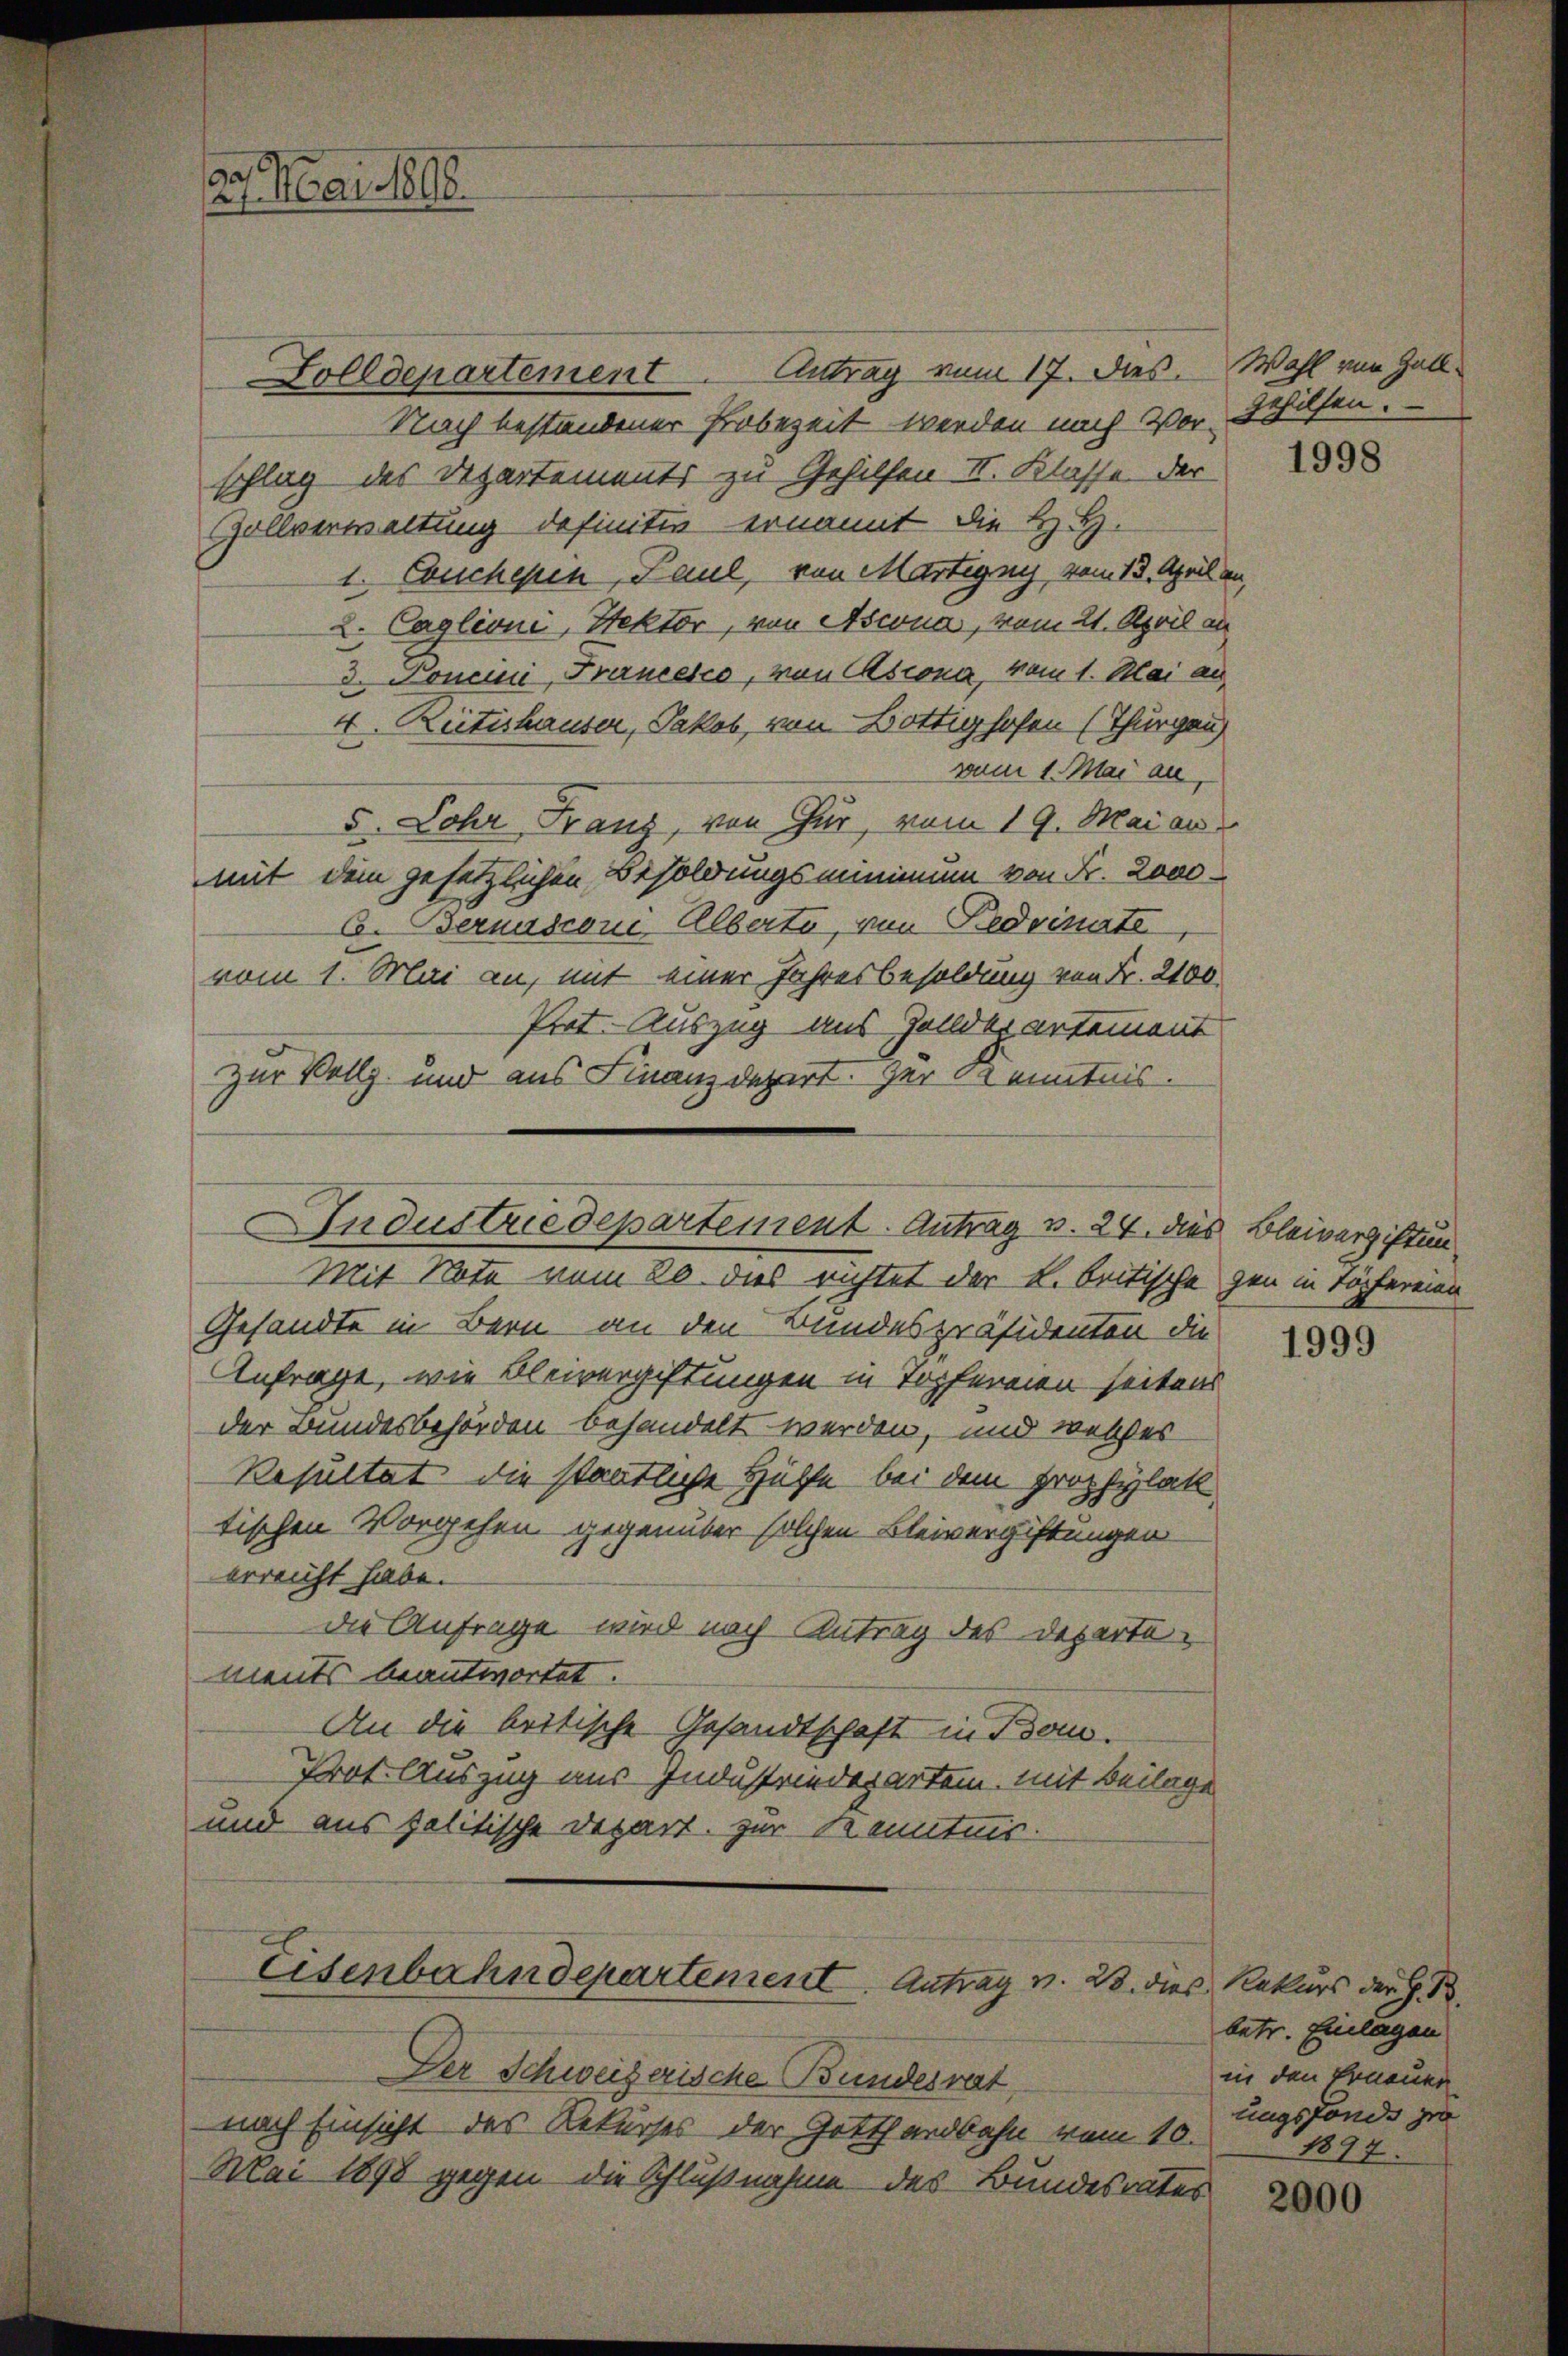
27. Mai 1896.

Industriedepartement. Antrag v. 24. dies Bleivergiftun

Golldepartement. Antrag vom 17. dies
Nach bestandener Probezeit werden nach Vor-
schlag des Departements zu Gehilfen II. Klasse der
Zollverwaltung definitiv ernannt die H. H.
1. Conchepin, Paul, von Martigny vom 13. April an,
2. Caglioni, Rektor, von Ascona, vom 21. April an
3. Foncini, Francesco, von Ascona, vom 1. Mai au
4. Reitishauser, Jakob, von Böttighofen (Thurgau)
vom 1. Mai an
5. Lohr Franz, von für, vom 19. Mai an
mit dem gesetzlichen Besoldungsminimum von Fr. Lono¬
C. Bernasconi Alberte, von Pedoinite
vom 1. Mai an, mit einer Jahresbesoldung von Fr. 2100
Prot. Auszug aus Zolldepartement
zur Vollz und aus Finanzdepart. Zur Kenntnis.

Mit Note vom 20. dies richtet der k. britische gen in Töpfereien
Gesandte in Bern an den Bundespräsidenten die
Anfrage, wie Kleivergiftungen in Topfereien seitens
der Bundesbehörden behandelt werden, und welches
Resultat die staatliche Hülfe bei dem Prophylak
tischen Vorgehen gegenüber solchen Bleivergiftungen
erreicht habe.
die Anfrage wird nach Antrag des Departements beantwortet.
An die britische Gesandtschaft in Bonn.
Prot. Auszug aus Industriedepartem mit Beilage
und aus politische Depart zur Kenntnis.

Eisenbahndepartement. Antrag v. 23. die
Der Schweizerische Bundesrat

nach Einsicht des Rekurses der Gotthardbahn vom 10.
Mai 1898 gegen die Schlußnahme des Bundesrates

Wahl von Gall
gehilfen.

1998

1999

Rekurs der H. B.
as
betr. Einlagen
in den Erneuen
ungsfonde zu
1894.

2000